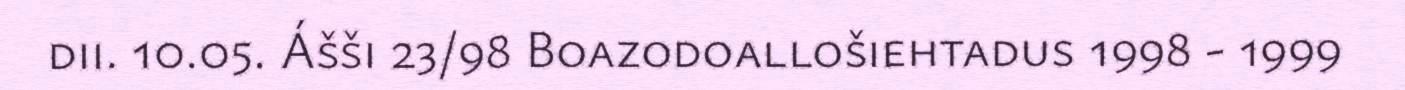
dii. 10.05. Ášši 23/98 Boazodoallošiehtadus 1998 - 1999